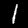
Digit: 1